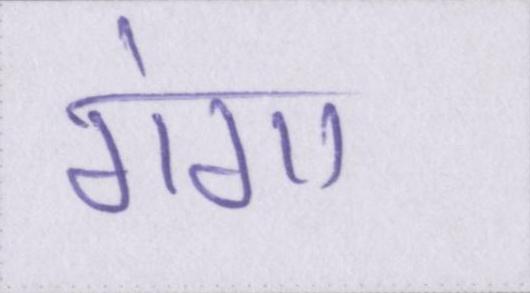
गंगा